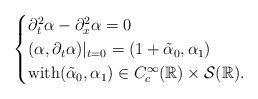
LaTeX: \begin{align*} \begin{cases} \partial_{t}^2\alpha-\partial_{x}^2\alpha= 0\\ (\alpha, \partial_t \alpha)|_{t=0}= (1+\tilde \alpha_0, \alpha_1)\\ \mbox{with} (\tilde \alpha_0, \alpha_1)\in C_c^{\infty}(\mathbb{R}) \times \mathcal{S}(\mathbb{R}). \end{cases} \end{align*}